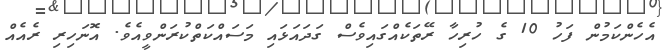
އެހެންކަމުން ފަހު 10 ގެ ހުރިހާ ރޭތަކެއްގައިވެސް ގަދައަޅައި މަސައްކަތްކުރަންވީއެވެ. އޮނަހިރި ރެއެއް